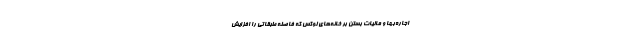
اجاره‌بها و مالیات بستن بر خانه‌های لوکس که فاصله طبقاتی را افزایش